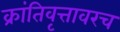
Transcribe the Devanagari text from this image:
क्रांतिवृत्तावरच